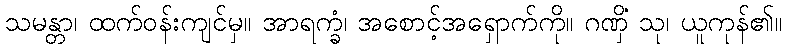
သမန္တာ၊ ထက်ဝန်းကျင်မှ။ အာရက္ခံ၊ အစောင့်အရှောက်ကို။ ဂဏှိံ သု၊ ယူကုန်၏။